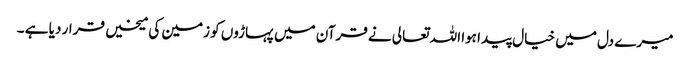
میرے دل میں خیال پیدا ہوا اللہ تعالی نے قرآن میں پہاڑوں کو زمین کی میخیں قرار دیا ہے ۔